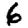
Digit: 6